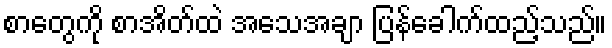
စာတွေကို စာအိတ်ထဲ အသေအချာ ပြန်ခေါက်ထည့်သည်။